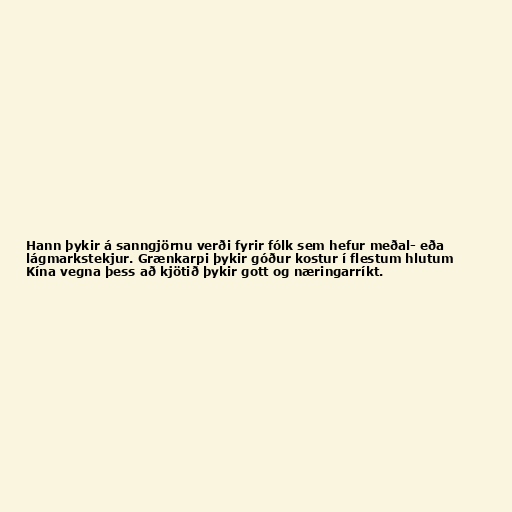
Hann þykir á sanngjörnu verði fyrir fólk sem hefur meðal- eða
lágmarkstekjur. Grænkarpi þykir góður kostur í flestum hlutum
Kína vegna þess að kjötið þykir gott og næringarríkt.